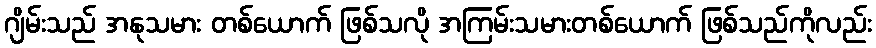
ဂျိမ်းသည် အနုသမား တစ်ယောက် ဖြစ်သလို အကြမ်းသမားတစ်ယောက် ဖြစ်သည်ကိုလည်း